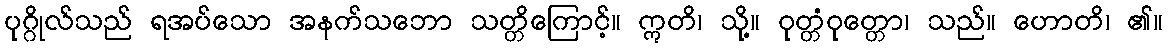
ပုဂ္ဂိုလ်သည် ရအပ်သော အနက်သဘော သတ္တိကြောင့်။ ဣတိ၊ သို့။ ဝုတ္တံဝုတ္တော၊ သည်။ ဟောတိ၊ ၏။